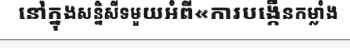
នៅក្នុងសន្និសីទមួយអំពី«ការបង្កើនកម្លាំង